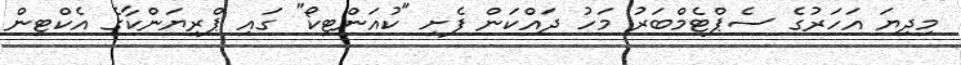
މިދިޔަ އަހަރުގެ ސެޕްޓެމްބަރު މަހު ދައްކަން ފެށި "ކުއަންޓިކޯ" ގައި ޕްރިޔަންކާގެ އެކްޓިން